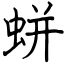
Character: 蛢